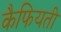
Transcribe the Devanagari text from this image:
कैफियती